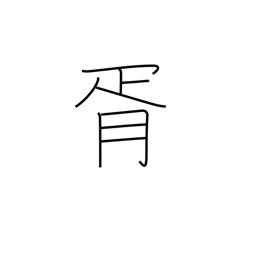
Meaning: mutual